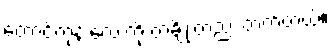
တောင်ကုန်းလေးကို တချိုးတည်း တက်တယ်။